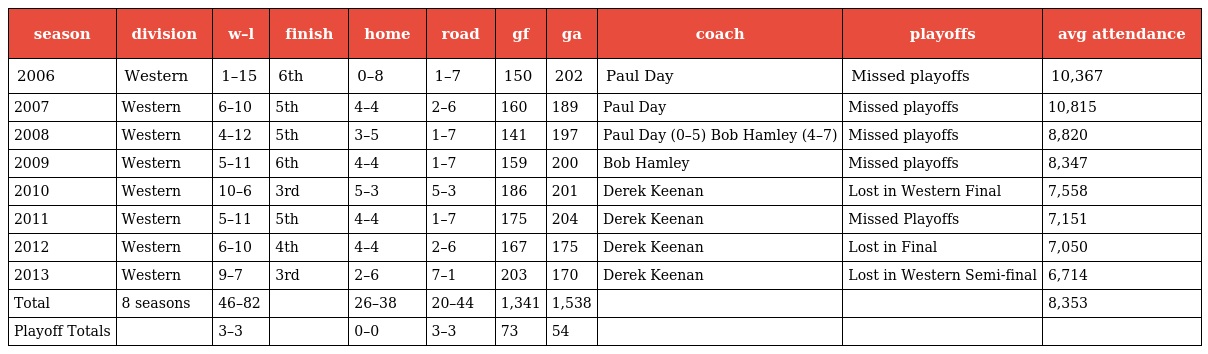
| season | division | w–l | finish | home | road | gf | ga | coach | playoffs | avg attendance |
 | --- | --- | --- | --- | --- | --- | --- | --- | --- | --- | --- |
 | 2006 | Western | 1–15 | 6th | 0–8 | 1–7 | 150 | 202 | Paul Day | Missed playoffs | 10,367 |
 | 2007 | Western | 6–10 | 5th | 4–4 | 2–6 | 160 | 189 | Paul Day | Missed playoffs | 10,815 |
 | 2008 | Western | 4–12 | 5th | 3–5 | 1–7 | 141 | 197 | Paul Day (0–5) Bob Hamley (4–7) | Missed playoffs | 8,820 |
 | 2009 | Western | 5–11 | 6th | 4–4 | 1–7 | 159 | 200 | Bob Hamley | Missed playoffs | 8,347 |
 | 2010 | Western | 10–6 | 3rd | 5–3 | 5–3 | 186 | 201 | Derek Keenan | Lost in Western Final | 7,558 |
 | 2011 | Western | 5–11 | 5th | 4–4 | 1–7 | 175 | 204 | Derek Keenan | Missed Playoffs | 7,151 |
 | 2012 | Western | 6–10 | 4th | 4–4 | 2–6 | 167 | 175 | Derek Keenan | Lost in Final | 7,050 |
 | 2013 | Western | 9–7 | 3rd | 2–6 | 7–1 | 203 | 170 | Derek Keenan | Lost in Western Semi-final | 6,714 |
 | Total | 8 seasons | 46–82 |  | 26–38 | 20–44 | 1,341 | 1,538 |  |  | 8,353 |
 | Playoff Totals |  | 3–3 |  | 0–0 | 3–3 | 73 | 54 |  |  |  |